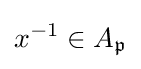
x^{-1}\in A_{\mathfrak {p}}